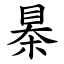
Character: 㮂